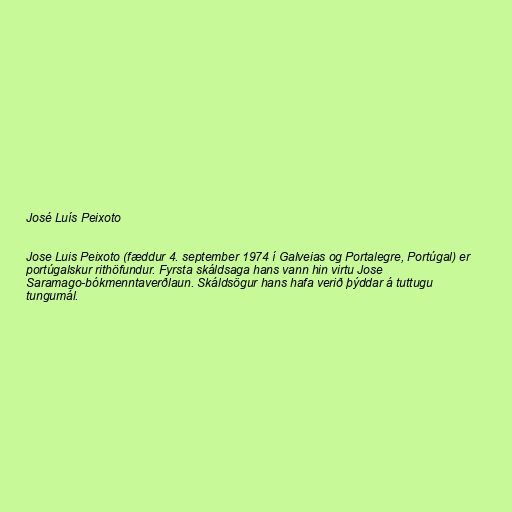
José Luís Peixoto

Jose Luis Peixoto (fæddur 4. september 1974 í Galveias og Portalegre, Portúgal) er
portúgalskur rithöfundur. Fyrsta skáldsaga hans vann hin virtu Jose
Saramago-bókmenntaverðlaun. Skáldsögur hans hafa verið þýddar á tuttugu
tungumál.